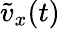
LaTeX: \tilde{v}_{x}(t)